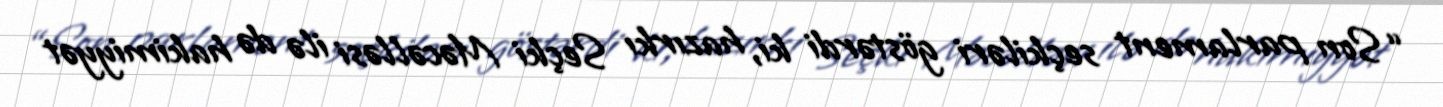
“Son parlament seçkiləri göstərdi ki, hazırkı Seçki Məcəlləsi ilə də hakimiyyət